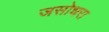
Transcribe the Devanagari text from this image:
जसोधरा